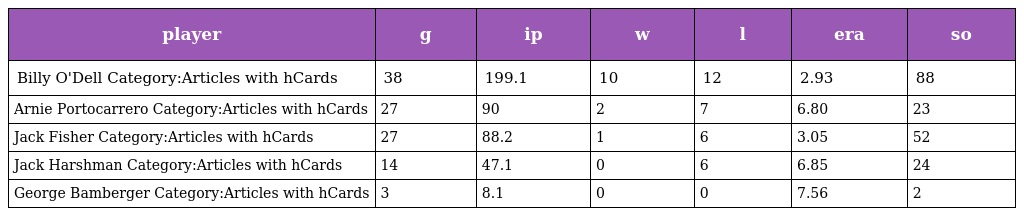
| player | g | ip | w | l | era | so |
 | --- | --- | --- | --- | --- | --- | --- |
 | Billy O'Dell Category:Articles with hCards | 38 | 199.1 | 10 | 12 | 2.93 | 88 |
 | Arnie Portocarrero Category:Articles with hCards | 27 | 90 | 2 | 7 | 6.80 | 23 |
 | Jack Fisher Category:Articles with hCards | 27 | 88.2 | 1 | 6 | 3.05 | 52 |
 | Jack Harshman Category:Articles with hCards | 14 | 47.1 | 0 | 6 | 6.85 | 24 |
 | George Bamberger Category:Articles with hCards | 3 | 8.1 | 0 | 0 | 7.56 | 2 |